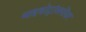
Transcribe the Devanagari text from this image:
माइक्रोट्रांसपोंडर